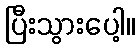
ပြီးသွားပေါ့။